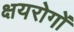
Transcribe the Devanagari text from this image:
क्षयरोगों